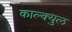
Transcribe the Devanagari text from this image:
काल्क्युल